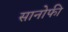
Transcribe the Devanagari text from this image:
सानोफी